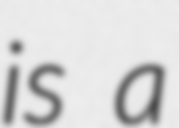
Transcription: is a